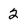
Character: 2